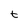
Character: t